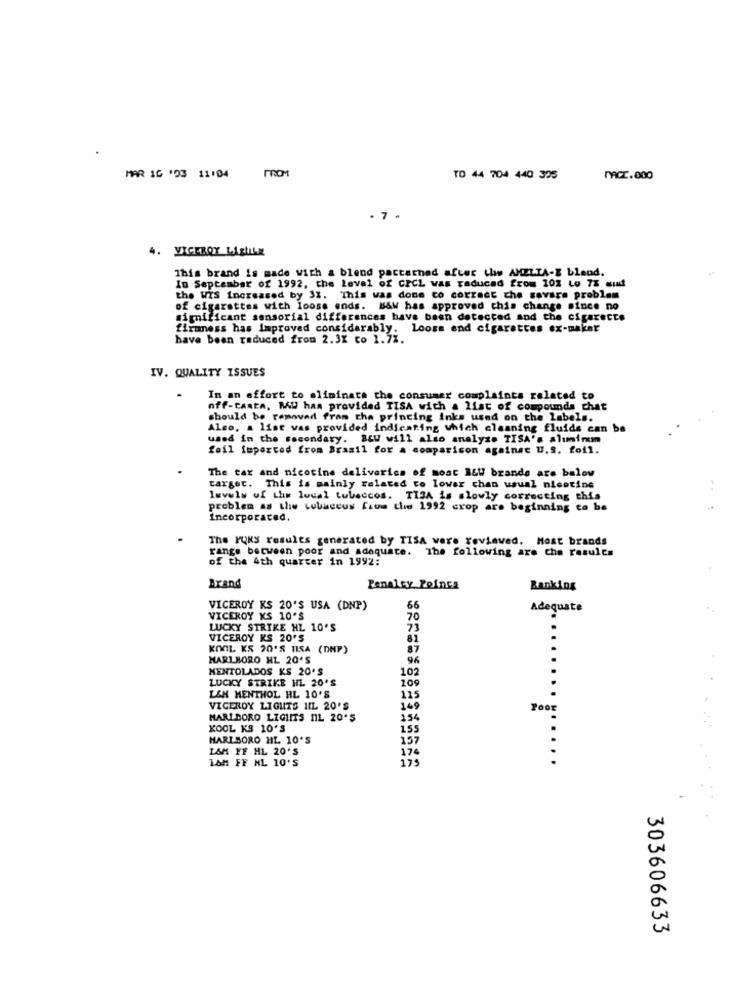
MAR 16 '03 11:04
FROM
TO 44 704 440 325
MACC.000
. 7
4. VICEROY LASLLE
This brand is made with a blend pactarnad after the AMELIA-E blend.
In September of 1992, the Level of CICL was reduced from 10% Lo 7% auf
the WIS Increased by 31. This was done co correct che sovara problem
of cigarettes with loose ends. B&W has approved chis change since no
significant sensorial differences have been detected and the cigarette
firmness has improved considerably. Looss end cigarettes ex-maker
have been reduced from 2.3X to 1.7%.
IV. QUALITY ISSUES
In an effort to eliminate the consumer complaints related to
off-CAREA. MW has provided TISA with a list of compounds chat
should be removed from the printing inks used on the labels.
Also, a list was provided indicating which cleaning fluids can be
used in the secondary. Bu will also analyze TISA's alunirem
foil imported from Brasil for a comparison against u.s. foil.
The tar and nicotine deliveries of most B&W brande are balow
target. This is mainly related to lower chan usual nicotine
levels of Lhw loual tobaccos. TISA is slowly correcting this
problem as the cubaccus five the 1992 crop are beginning to be
Incorporated.
The PUKS results generated by TISA were reviaved. Most brands
range between poor and adequate. The following are the results
of the 4th quarter in 1992:
Brand
Penalty Zoinsa
Banking
VICEROY KS 20'S USA (DNP)
66
Adequate
VICEROY KS 10'S
70
LUCKY STRIKE HL 10'S
73
VICEROY KS 20'S
81
KOOL KS 20'S TISA (DNP)
87
MARLBORO HL 20'S
96
MENTOLADOS KS 20'S
102
LUCKY STRIKE HL 20'S
109
L&K MENTHOL HL 10'S
115
VICEROY LIGHTS 1IL 20'S
149
MARLBORO LIGHTS NL 20'S
154
KOOL KS 10'S
155
HARIBORO HL 10'S
157
L&M FF HL 20'S
174
16H FF NL 10'S
17:
.....
303606633